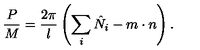
\frac { P } { M } = \frac { 2 \pi } { l } \left( \sum _ { i } \hat { N } _ { i } - m \cdot n \right) .